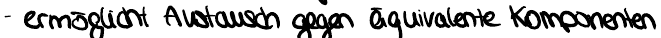
- ermöglicht Austausch gegen äquivalente Komponenten